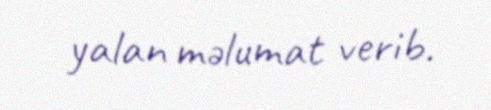
yalan məlumat verib.